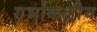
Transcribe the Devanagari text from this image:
गर्भाकक्षीय